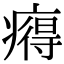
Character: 𤹬